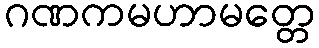
ဂဏကမဟာမတ္တေ